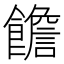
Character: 𩟋